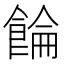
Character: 𲋚